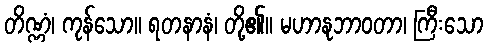
တိဏ္ဏံ၊ ကုန်သော။ ရတနာနံ၊ တို့၏။ မဟာနုဘာဝတာ၊ ကြီးသော